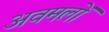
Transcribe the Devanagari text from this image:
अवमलों